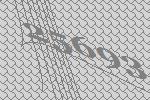
25693